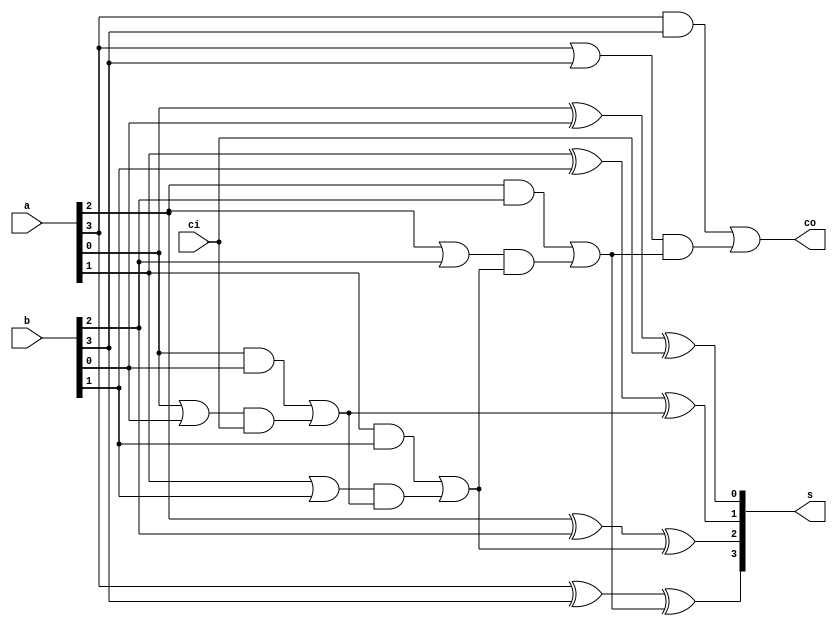
module cla_nbit #(
    parameter n = 4
) (
  input   [n-1:0] a,
  input   [n-1:0] b,
  input           ci,
  output  [n-1:0] s,
  output          co
  );

  wire [n-1:0] g;
  wire [n-1:0] p;
  wire [  n:0] c;

  assign c[0] = ci;
  assign co   = c[n];

  genvar i;  /* i - generate index variable */

  generate
    for (i = 0; i < n; i = i + 1) begin : addbit
      assign s[i] = a[i] ^ b[i] ^ c[i];
      assign g[i] = a[i] & b[i];
      assign p[i] = a[i] | b[i];
      assign c[i + 1] = g[i] | (p[i] & c[i]);
    end
  endgenerate
  
endmodule